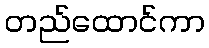
တည်ထောင်ကာ